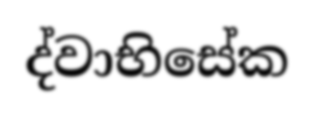
ද්වාභිසේක